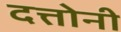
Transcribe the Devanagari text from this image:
दत्तोनी